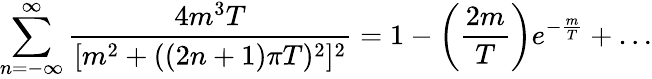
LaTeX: \sum_{n=-\infty}^{\infty}\frac{4m^{3}T}{[m^{2}+((2n+1)\pi T)^{2}]^{2}}=1-\left(\frac{2m}{T}\right)e^{-\frac{m}{T}}+\dots